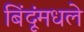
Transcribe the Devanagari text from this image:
बिंदूंमधले